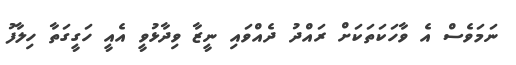
ނަމަވެސް އެ ވާހަކަތަކަށް ރައްދު ދެއްވައި ނީޒާ ވިދާޅުވީ އެއީ ހަގީގަތާ ހިލާފު